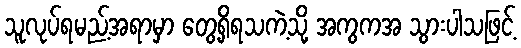
သူလုပ်ရမည့်အရာမှာ တွေ့ရှိရသကဲ့သို့ အကွကအ သွားပါသဖြင့်